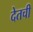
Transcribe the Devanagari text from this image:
देतची